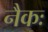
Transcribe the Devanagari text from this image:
नैकः